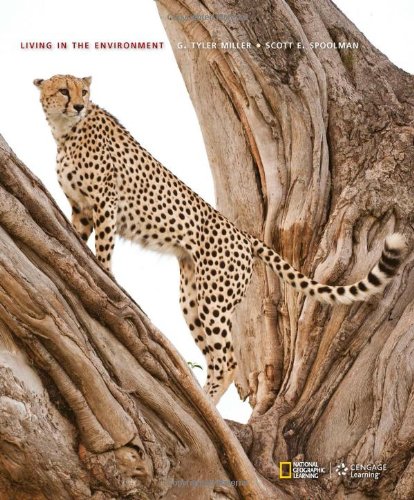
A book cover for Living in the Environment; G. Tyler Miller; Science & Math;